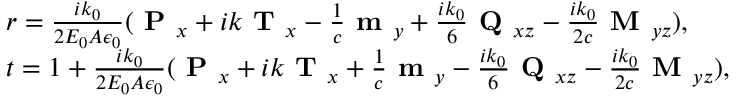
\begin{array} { r l } & { { r } = \frac { i k _ { 0 } } { 2 E _ { 0 } A \epsilon _ { 0 } } ( \textbf { P } _ { x } + i k \textbf { T } _ { x } - \frac { 1 } { c } \textbf { m } _ { y } + \frac { i k _ { 0 } } { 6 } \textbf { Q } _ { x z } - \frac { i k _ { 0 } } { 2 c } \textbf { M } _ { y z } ) , } \\ & { { t } = 1 + \frac { i k _ { 0 } } { 2 E _ { 0 } A \epsilon _ { 0 } } ( \textbf { P } _ { x } + i k \textbf { T } _ { x } + \frac { 1 } { c } \textbf { m } _ { y } - \frac { i k _ { 0 } } { 6 } \textbf { Q } _ { x z } - \frac { i k _ { 0 } } { 2 c } \textbf { M } _ { y z } ) , } \end{array}